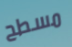
مسطح